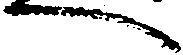
へ